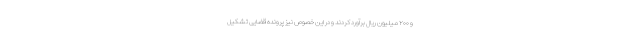
و ۲۰۰ میلیون ریال برآورد کردند و در این خصوص نیز پرونده قضایی تشکیل